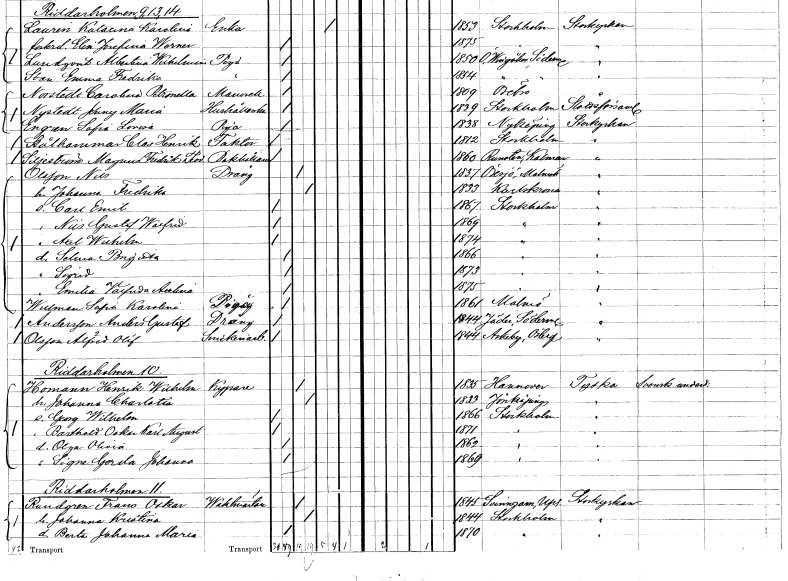
gt_parse: households: individuals: FN: Magnus Fredrik Thor
EN: Siljeström
YRKE: Bokhållare
KON: M
CIV: O
FODAR: 1860
FODFORS: Runsten Kalmar län
FN: Nils
EN: Olsson
YRKE: Dräng
KON: M
CIV: G
FODAR: 1837
FODFORS: Örsjö Malmöhus län
FN: Johanna Fredrika
KON: K
CIV: G
FODAR: 1833
FODFORS: Karlskrona Blekinge län
FN: Carl Emil
KON: M
CIV: O
FODAR: 1867
FODFORS: Stockholm
FN: Nils Gustaf Walfrid
KON: M
CIV: O
FODAR: 1869
FODFORS: Stockholm
FN: Axel Wilhelm
KON: M
CIV: O
FODAR: 1874
FODFORS: Stockholm
FN: Selma Brigitta
KON: K
CIV: O
FODAR: 1866
FODFORS: Stockholm
FN: Sigrid
KON: K
CIV: O
FODAR: 1873
FODFORS: Stockholm
FN: Emilia Valfrida Axelina
KON: K
CIV: O
FODAR: 1875
FODFORS: Stockholm
FN: Sofia Karolina
EN: Willman
YRKE: Piga
KON: K
CIV: O
FODAR: 1861
FODFORS: Malmö Malmöhus län
FN: Anders Gustaf
EN: Andersson
YRKE: Dräng
KON: M
CIV: O
FODAR: 1844
FODFORS: Jäder Södermanlands län
FN: Alfred Olof
EN: Olsson
YRKE: Snickeriarbetare
KON: M
CIV: O
FODAR: 1844
FODFORS: Askeby Östergötlands län
FN: Henrik Wilhelm
EN: Homann
YRKE: Kypare
KON: M
CIV: G
FODAR: 1835
FN: Johanna Charlotta
KON: K
CIV: G
FODAR: 1833
FODFORS: Jönköping Jönköpings län
FN: Georg Wilhelm
KON: M
CIV: O
FODAR: 1866
FODFORS: Stockholm
FN: Barthold Oskar Karl August
KON: M
CIV: O
FODAR: 1871
FODFORS: Stockholm
FN: Olga Olivia
KON: K
CIV: O
FODAR: 1862
FODFORS: Stockholm
FN: Signe Gerda Johanna
KON: K
CIV: O
FODAR: 1869
FODFORS: Stockholm
FN: Frans Oskar
EN: Rundgren
YRKE: Vaktmästare
KON: M
CIV: G
FODAR: 1845
FODFORS: Svinnegarn Uppsala län
FN: Johanna Kristina
KON: K
CIV: G
FODAR: 1844
FODFORS: Stockholm
FN: Berta Johanna Maria
KON: K
CIV: O
FODAR: 1870
FODFORS: Stockholm